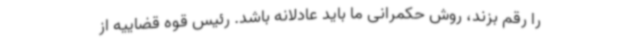
را رقم بزند، روش حکمرانی ما باید عادلانه باشد. رئیس قوه قضاییه از